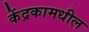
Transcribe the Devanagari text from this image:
केंद्रकामधील